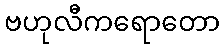
ဗဟုလီကရောတော